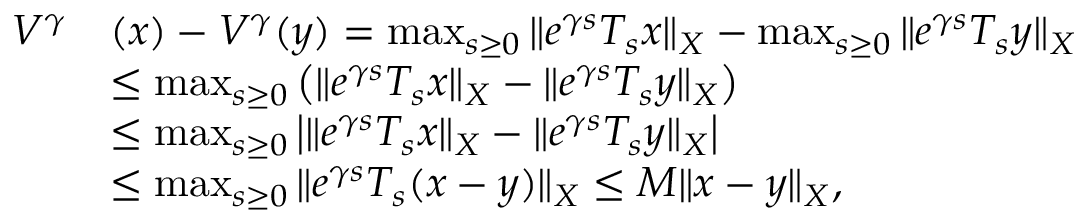
\begin{array} { r l } { V ^ { \gamma } } & { ( x ) - V ^ { \gamma } ( y ) = \operatorname* { m a x } _ { s \geq 0 } \| e ^ { \gamma s } T _ { s } x \| _ { X } - \operatorname* { m a x } _ { s \geq 0 } \| e ^ { \gamma s } T _ { s } y \| _ { X } } \\ & { \leq \operatorname* { m a x } _ { s \geq 0 } \big ( \| e ^ { \gamma s } T _ { s } x \| _ { X } - \| e ^ { \gamma s } T _ { s } y \| _ { X } \big ) } \\ & { \leq \operatorname* { m a x } _ { s \geq 0 } \big | \| e ^ { \gamma s } T _ { s } x \| _ { X } - \| e ^ { \gamma s } T _ { s } y \| _ { X } \big | } \\ & { \leq \operatorname* { m a x } _ { s \geq 0 } \| e ^ { \gamma s } T _ { s } ( x - y ) \| _ { X } \leq M \| x - y \| _ { X } , } \end{array}